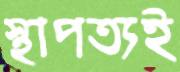
স্থাপত্যই